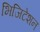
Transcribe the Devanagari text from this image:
भिजिटेशन